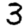
Digit: 3